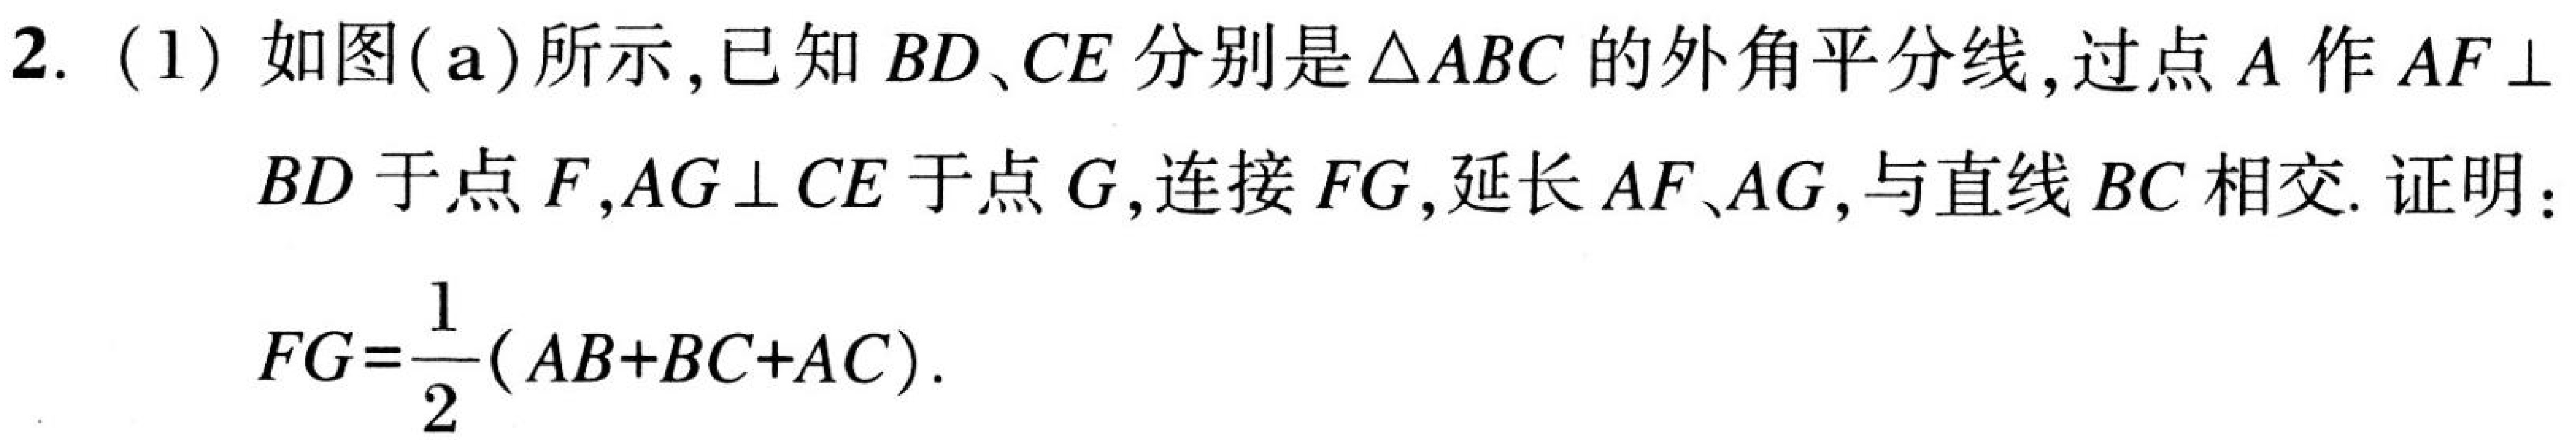
2. (1) 如图(a)所示,已知 \(BD、CE\) 分别是\(\triangle ABC\)的外角平分线,过点 \(A\) 作 \(AF\perp\)
\(BD\)于点 \(F\),\(AG\perp CE\)于点 \(G\),连接 \(FG\),延长 \(AF、AG\),与直线 \(BC\) 相交. 证明：
\(FG = \frac{1}{2}(AB + BC + AC).\)